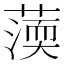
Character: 𦺾